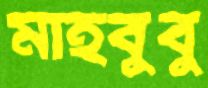
মাহবুবু